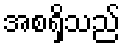
အစရှိသည်